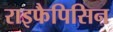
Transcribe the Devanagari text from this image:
राइफैपिसिन